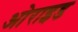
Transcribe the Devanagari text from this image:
ओराइड